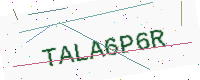
Text: TALA6P6R